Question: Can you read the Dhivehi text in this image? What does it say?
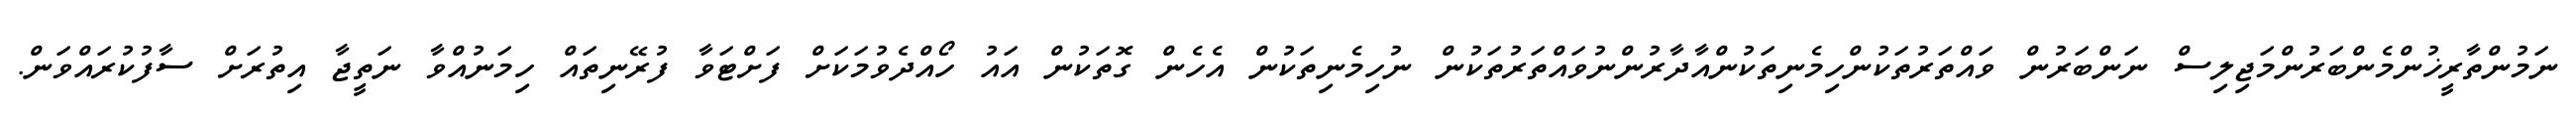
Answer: ނަމުންތާރީޚުންމެންބަރުންމަޖިލިސް ނަންބަރުން ވައްތަރުތަކުންހިމެނިތަކުންއާދާރުންނުވައްތަރުތަކުން ނުހިމެނިތަކުން އެހެން ގޮތަކުން އައު ހޯއްދެވުމަކަށް ފަށްޓަވާ ފުރޭނިތައް ހިމަނުއްވާ ނަތީޖާ އިތުރަށް ސާފުކުރައްވަން.